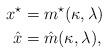
LaTeX: \begin{align*}x^{\star}&=m^\star(\kappa,\lambda) \\\hat{x}&=\hat{m}(\kappa,\lambda), \end{align*}